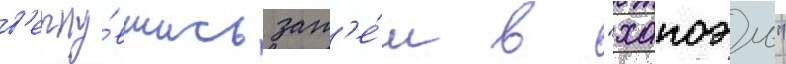
в'ерну́вшись зат'е́м в "хапоэль"